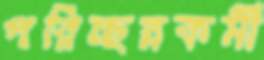
পরিচ্ছন্নকর্মী